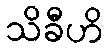
သိခီဟိ